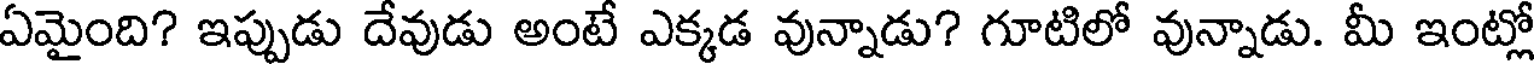
ఏమైంది? ఇప్పుడు దేవుడు అంటే ఎక్కడ వున్నాడు? గూటిలో వున్నాడు. మీ ఇంట్లో